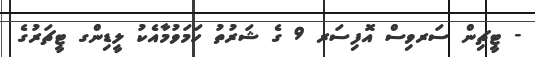
- ޓީޗިން ސަރވިސް އޮފިސަރ 9 ގެ ޝަރުތު ހަމަވުމާއެކު ލީޑިންގ ޓީޗަރުގެ